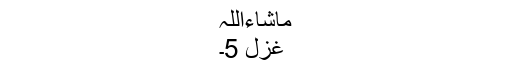
ماشاءاللہ
غزل 5۔